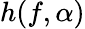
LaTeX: h(f,\alpha)